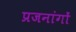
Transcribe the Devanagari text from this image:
प्रजनांगों